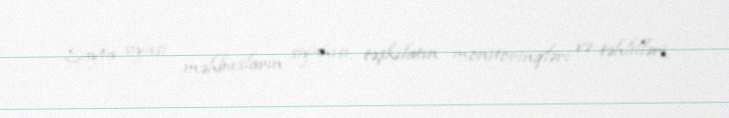
Sayta siyasi məhbusların siyahısı, təşkilatın monitorinqləri və təhlilləri,